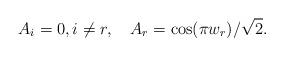
LaTeX: \begin{align*}A_{i}=0,i\neq r,\quad A_{r}=\cos (\pi w_{r})/\sqrt{2}. \end{align*}